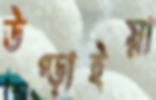
উপ্‌ড়াইয়া